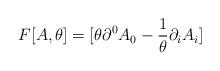
LaTeX: \begin{align*}F[A,\theta ]=[\theta \partial ^{0}A_{0}-\frac{1}{\theta }\partial _{i}A_{i}]\end{align*}